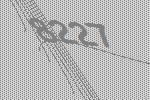
8227